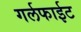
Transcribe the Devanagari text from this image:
गर्लफाईट